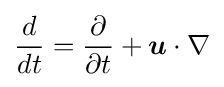
{\frac {d}{dt}}={\frac {\partial }{\partial t}}+{\boldsymbol {u}}\cdot \nabla